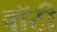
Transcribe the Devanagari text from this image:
वाॅटी